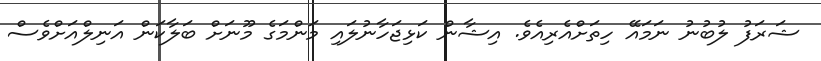
ޝަރަފު ލުބުނު ނަމައޭ ހިތަށްއެރިއެވެ. އިޝާން ކަޅިޖަހާނުލައި މަންމަގެ މޫނަށް ބަލާކަން އަނިލްއަށްވެސް